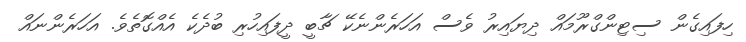
ހިފައިގެން ސިޓިންގްރޫމައް ދިޔައިރު ވެސް އަހަރެންނެކޭ ޗާބީ ދީފައިހުރި ބުދެކެ އެއްގޮތެވެ. އަހަރެންނައް